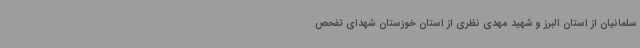
سلمانیان از استان البرز و شهید مهدی نظری از استان خوزستان شهدای تفحص